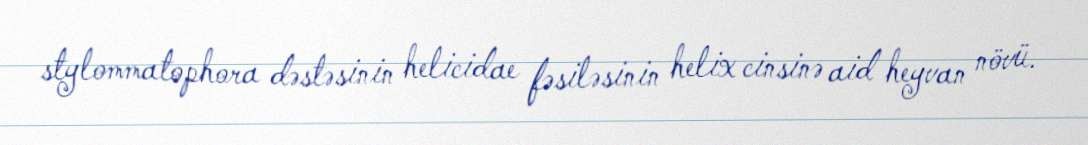
stylommatophora dəstəsinin helicidae fəsiləsinin helix cinsinə aid heyvan növü.